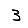
Digit: 3